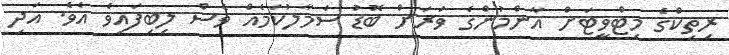
ރިތިކްގެ މިޓްވީޓަށް އާންމުންގެ ވަރަށް ބޮޑު ސަމާލުކަމެއް ވެސް ލިބިފައިވެ އެވެ. އަދި